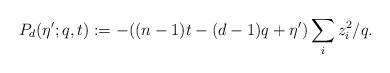
LaTeX: \begin{gather*}P_d(\eta';q,t):=-((n-1)t-(d-1)q+\eta')\sum_i z_i^2/q.\end{gather*}